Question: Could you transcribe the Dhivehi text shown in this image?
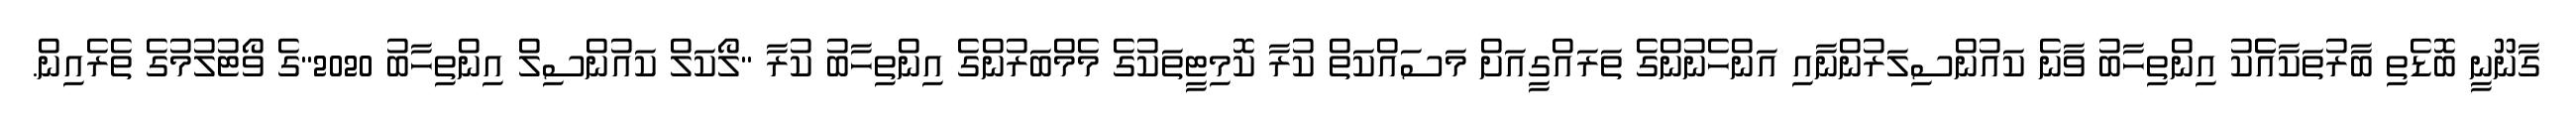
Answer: ގާނޫނީ ބޮޑެތި ބާރުތަކާއެެކު އިންތިހާބު ވާނެ ކައުންސިލަރުންނާއި އަންހެނުންގެ ތަރައްގީއަށް މަސައްކަތް ކުރާ ކޮމިޓީތަކުގެ މެމްބަރުންގެ އިންތިހާބު ކުރާ "ލޯކަލް ކައުންސިލް އިންތިހާބު 2020"ގެ ވޯޓުލުމުގެ ތެރެއިން.